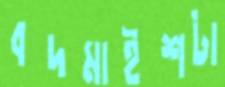
বদমাইশটা